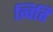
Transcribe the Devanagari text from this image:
त्विति